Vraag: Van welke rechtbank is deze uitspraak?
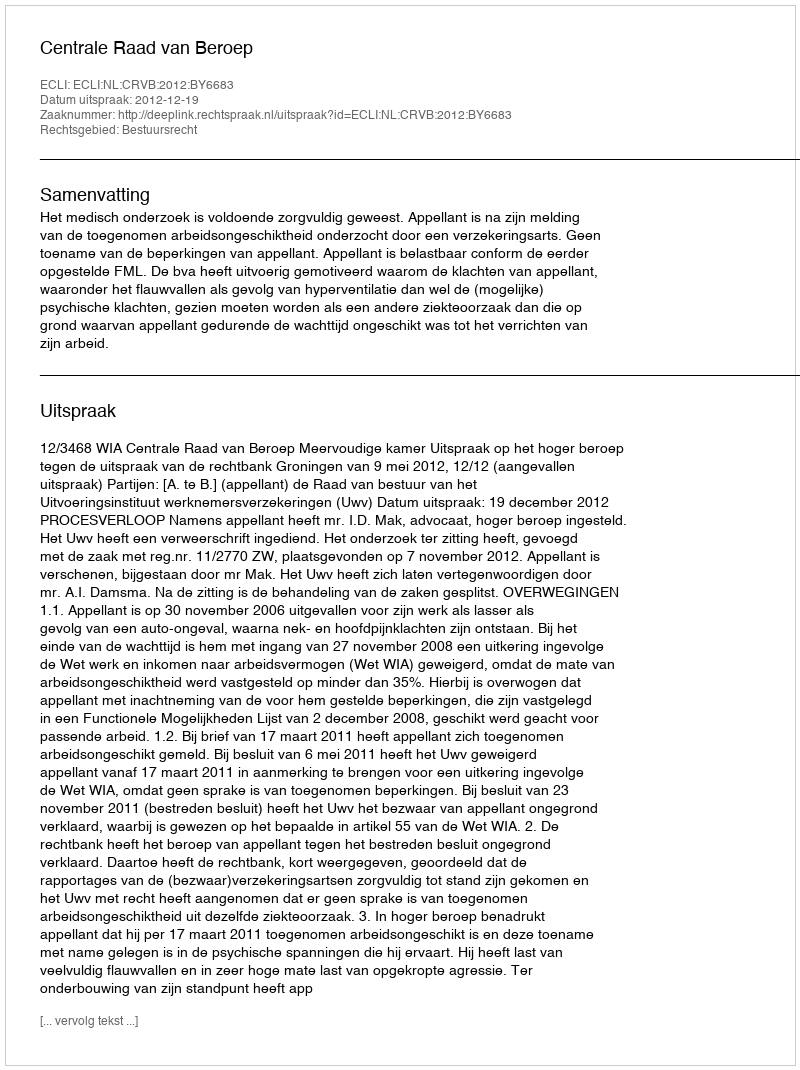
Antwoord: Centrale Raad van Beroep